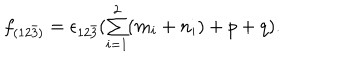
\begin{array} { l c r } { { f _ { ( 1 2 \bar { 3 } ) } = \epsilon _ { 1 2 \bar { 3 } } ( { \sum _ { i = 1 } ^ { 2 } ( m _ { i } + n _ { i } ) } + p + q ) . } } \\ \end{array}